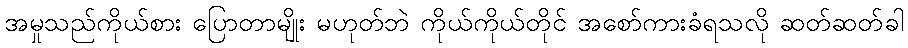
အမှုသည်ကိုယ်စား ပြောတာမျိုး မဟုတ်ဘဲ ကိုယ်ကိုယ်တိုင် အစော်ကားခံရသလို ဆတ်ဆတ်ခါ